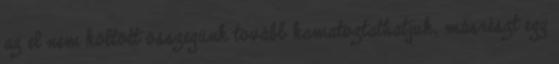
az el nem költött összegünk tovább kamatoztathatjuk, másrészt egy